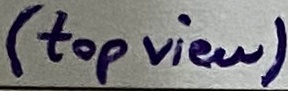
Text: (top view)